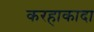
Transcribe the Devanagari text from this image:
करहाकादा